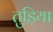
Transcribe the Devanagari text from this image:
तुड़िया